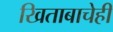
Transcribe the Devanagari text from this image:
खिताबाचेही